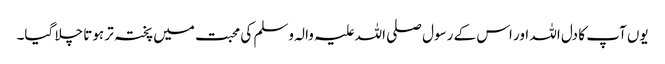
یوں آپ کا دل اللہ اور اس کے رسول صلی اللہ علیہ والہ وسلم کی محبت میں پختہ تر ہوتا چلا گیا۔